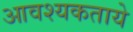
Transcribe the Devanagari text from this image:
आवश्यकताये